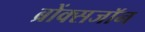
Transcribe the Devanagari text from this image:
ब्रोंक्सजॉन